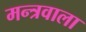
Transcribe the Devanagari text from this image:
मन्त्रवाला